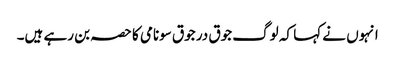
انہوں نے کہا کہ لوگ جوق در جوق سونامی کا حصہ بن رہے ہیں۔